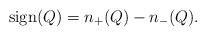
LaTeX: \begin{align*}\mathrm{sign}(Q)=n_+(Q)-n_-(Q).\end{align*}